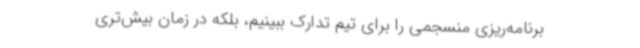
برنامه‌ریزی منسجمی را برای تیم تدارک ببینیم، بلکه در زمان بیش‌تری